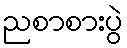
ညစာစားပွဲ